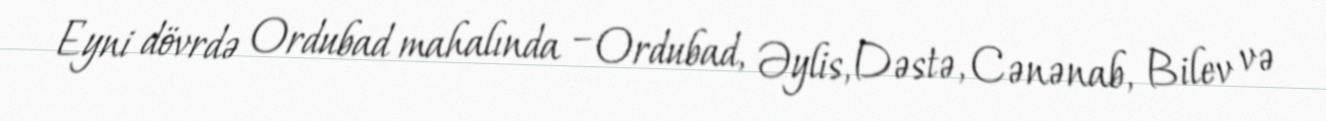
Eyni dövrdə Ordubad mahalında – Ordubad, Əylis, Dəstə, Cənənab, Bilev və